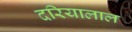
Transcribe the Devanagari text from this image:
दरियालाल